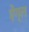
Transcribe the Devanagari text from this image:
ऐंग्ल